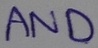
Text: AND